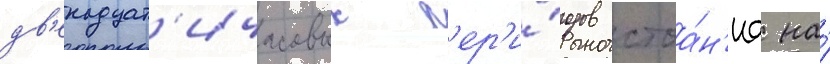
дв'енадцат'ичасовых п'ер'и́одов стоа́н'иа на́